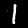
Label: 1